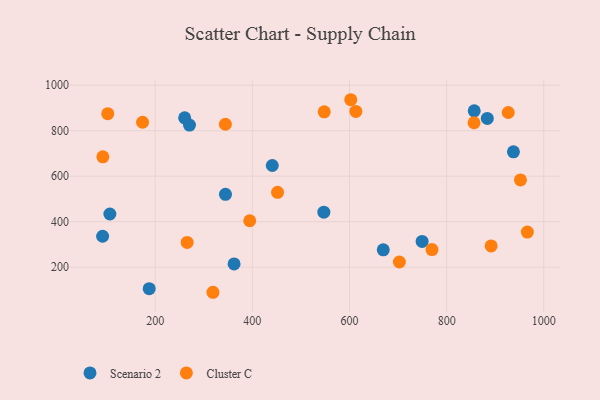
{"axis": {"x": "Price", "y": "Rating"}, "legend": ["Cluster C", "Scenario 2"], "data": [{"x": "344.7", "y": 520.3, "type": "Scenario 2"}, {"x": "749.5", "y": 313.3, "type": "Scenario 2"}, {"x": "937.5", "y": 707.2, "type": "Scenario 2"}, {"x": "187.7", "y": 105.8, "type": "Scenario 2"}, {"x": "856.8", "y": 887.4, "type": "Scenario 2"}, {"x": "669.5", "y": 276.5, "type": "Scenario 2"}, {"x": "441.1", "y": 647.0, "type": "Scenario 2"}, {"x": "270.6", "y": 824.9, "type": "Scenario 2"}, {"x": "883.7", "y": 854.0, "type": "Scenario 2"}, {"x": "260.7", "y": 856.6, "type": "Scenario 2"}, {"x": "106.7", "y": 433.9, "type": "Scenario 2"}, {"x": "362.4", "y": 214.2, "type": "Scenario 2"}, {"x": "547.2", "y": 441.9, "type": "Scenario 2"}, {"x": "91.8", "y": 336.0, "type": "Scenario 2"}, {"x": "856.4", "y": 834.9, "type": "Cluster C"}, {"x": "966.2", "y": 354.3, "type": "Cluster C"}, {"x": "602.6", "y": 936.1, "type": "Cluster C"}, {"x": "451.9", "y": 529.3, "type": "Cluster C"}, {"x": "265.8", "y": 308.9, "type": "Cluster C"}, {"x": "344.5", "y": 828.3, "type": "Cluster C"}, {"x": "952.0", "y": 583.7, "type": "Cluster C"}, {"x": "891.6", "y": 293.3, "type": "Cluster C"}, {"x": "102.4", "y": 874.6, "type": "Cluster C"}, {"x": "613.1", "y": 884.6, "type": "Cluster C"}, {"x": "174.0", "y": 837.0, "type": "Cluster C"}, {"x": "92.3", "y": 685.3, "type": "Cluster C"}, {"x": "318.9", "y": 89.8, "type": "Cluster C"}, {"x": "769.8", "y": 277.6, "type": "Cluster C"}, {"x": "702.7", "y": 222.8, "type": "Cluster C"}, {"x": "926.8", "y": 880.0, "type": "Cluster C"}, {"x": "394.6", "y": 404.1, "type": "Cluster C"}, {"x": "548.0", "y": 882.7, "type": "Cluster C"}]}